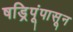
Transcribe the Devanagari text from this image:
षड्रिपूंपासून